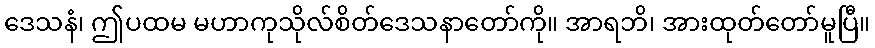
ဒေသနံ၊ ဤပထမ မဟာကုသိုလ်စိတ်ဒေသနာတော်ကို။ အာရဘိ၊ အားထုတ်တော်မူပြီ။